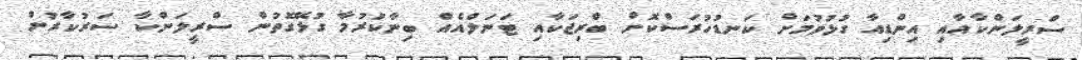
ސްރީލަންކާއާއި އިންޑިއާ ގުޅުވުމަށް ކަނޑުހުރަސްކޮށް ބްރިޖަކާއި ޓަނަލްއެއް ބިނާކުރުމާ ގުޅޭގޮތުން ސްރީލަންކާ ސަރުކާރުން